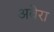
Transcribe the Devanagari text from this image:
अवेरा